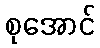
စုအောင်